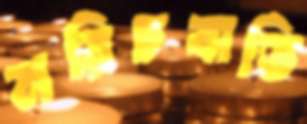
মরিচবাতি